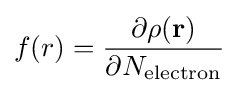
f(r)={\frac {\partial \rho ({\textbf {r}})}{\partial N_{\text{electron}}}}